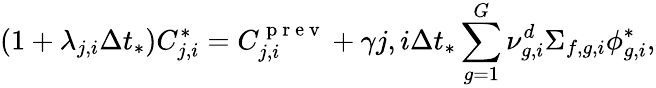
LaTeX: \left(1+\lambda_{j,i}\Delta t_{*}\right)C_{j,i}^{*}=C_{j,i}^{\mathrm{~p~r~e~v~}}+\gamma{j,i}\Delta t_{*}\sum_{g=1}^{G}\nu_{g,i}^{d}\Sigma_{f,g,i}\phi_{g,i}^{*},